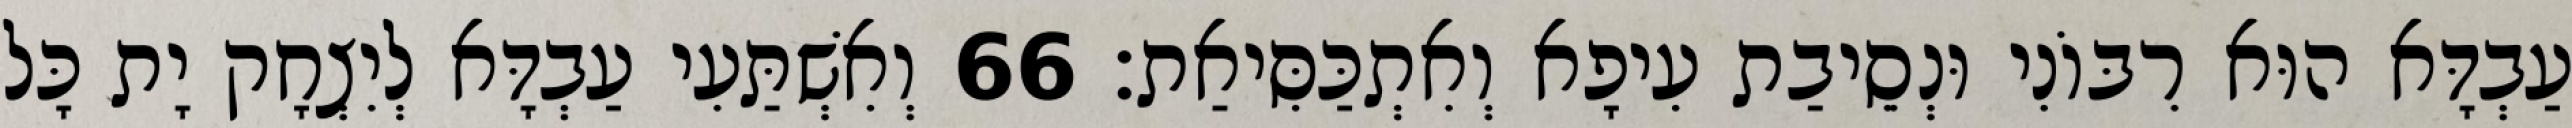
עַבְדָּא הוּא רִבּוֹנִי וּנְסֵיבַת עִיפָא וְאִתְכַּסִּיאַת׃ 66 וְאִשְׁתַּעִי עַבְדָּא לְיִצְחָק יָת כָּל